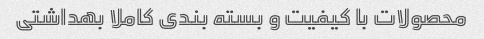
محصولات با کیفیت و بسته بندی کاملا بهداشتی